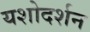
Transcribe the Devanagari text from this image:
यशोदर्शन